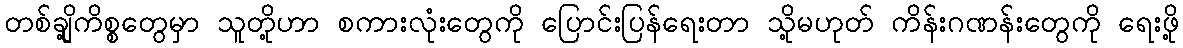
တစ်ချို့ကိစ္စတွေမှာ သူတို့ဟာ စကားလုံးတွေကို ပြောင်းပြန်ရေးတာ သို့မဟုတ် ကိန်းဂဏန်းတွေကို ရေးဖို့